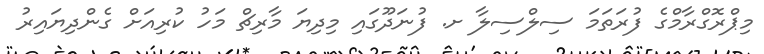
މިޕްރޮގްރާމްގެ ފުރަތަމަ ސިލްސިލާ ށ. ފުނަދޫގައި މިދިޔަ މާރިޗް މަހު ކުރިއަށް ގެންދިޔައިރު